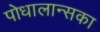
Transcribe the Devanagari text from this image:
पोधालान्सका